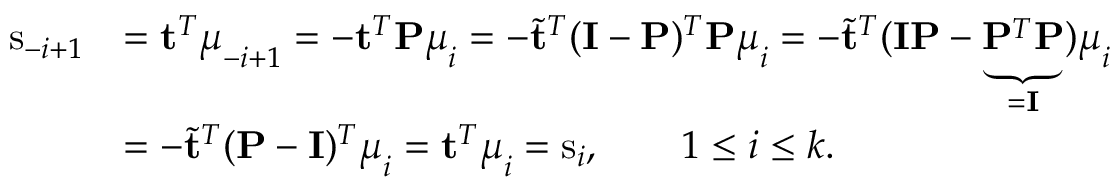
\begin{array} { r l } { \mathrm { s } _ { - i + 1 } } & { = \mathbf { t } ^ { T } \boldsymbol { \mu } _ { - i + 1 } = - \mathbf { t } ^ { T } \mathbf { P } \boldsymbol { \mu } _ { i } = - \tilde { \mathbf { t } } ^ { T } ( \mathbf { I } - \mathbf { P } ) ^ { T } \mathbf { P } \boldsymbol { \mu } _ { i } = - \tilde { \mathbf { t } } ^ { T } ( \mathbf { I } \mathbf { P } - \underbrace { \mathbf { P } ^ { T } \mathbf { P } } _ { = \mathbf { I } } ) \boldsymbol { \mu } _ { i } } \\ & { = - \tilde { \mathbf { t } } ^ { T } ( \mathbf { P } - \mathbf { I } ) ^ { T } \boldsymbol { \mu } _ { i } = \mathbf { t } ^ { T } \boldsymbol { \mu } _ { i } = \mathrm { s } _ { i } , \qquad 1 \leq i \leq k . } \end{array}